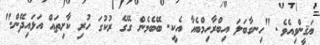
ޔަޤީންވިއެވެ. "ހިނގާބަލަ އިބްރާހިމްބެއާ އެކީ. ބޭބެމެން ގޭގެ ރުކުގަ ހުރި ކާށިތައް އަޅައިދޭން."